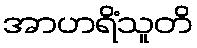
အာဟရိံသူတိ